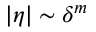
| \boldsymbol { \eta } | \sim \delta ^ { m }